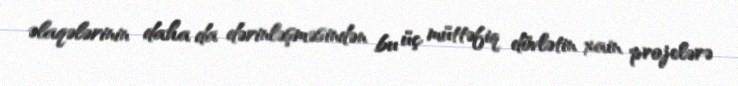
əlaqələrinin daha da dərinləşməsindən bu üç müttəfiq dövlətin xain projelərə